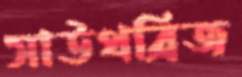
সাউথব্রিজ